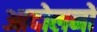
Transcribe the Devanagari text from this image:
आदोलनों